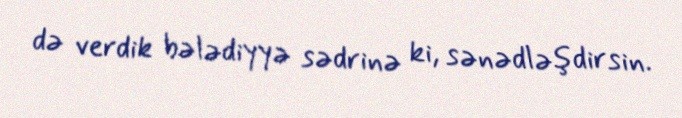
də verdik bələdiyyə sədrinə ki, sənədləşdirsin.